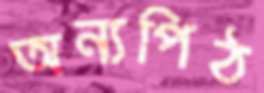
অন্যপিঠ